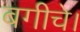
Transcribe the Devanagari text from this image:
बगीचे।